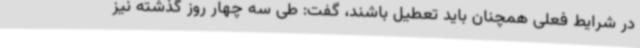
در شرایط فعلی همچنان باید تعطیل باشند، گفت: طی سه چهار روز گذشته نیز